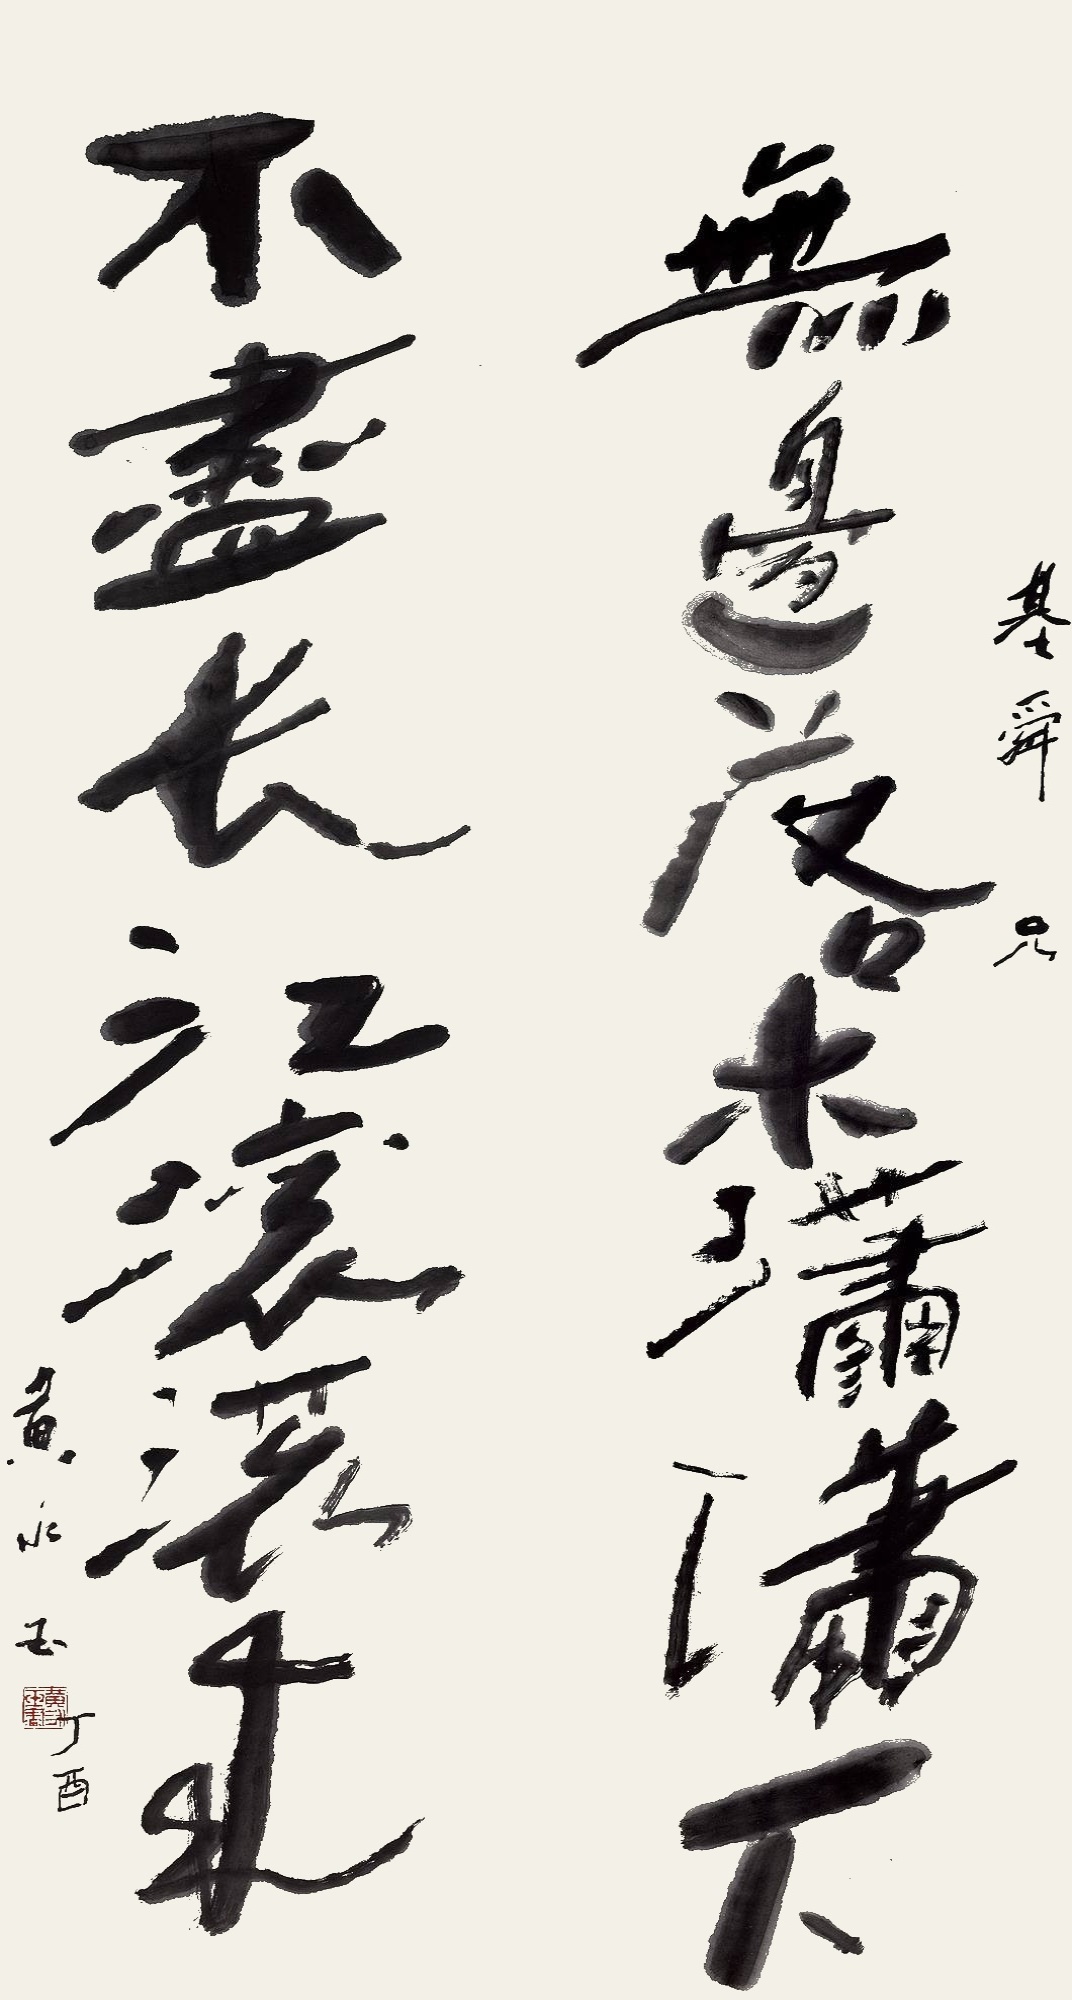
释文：无边落木潇潇下，不尽长江滚滚来。基舜兄。黄永玉。丁酉。